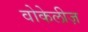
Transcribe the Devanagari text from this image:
वोकेलीज़